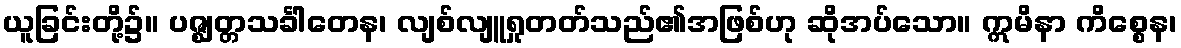
ယူခြင်းတို့၌။ ပဇ္ဈတ္တသင်္ခါတေန၊ လျစ်လျူရှုတတ်သည်၏အဖြစ်ဟု ဆိုအပ်သော။ ဣမိနာ ကိစ္စေန၊